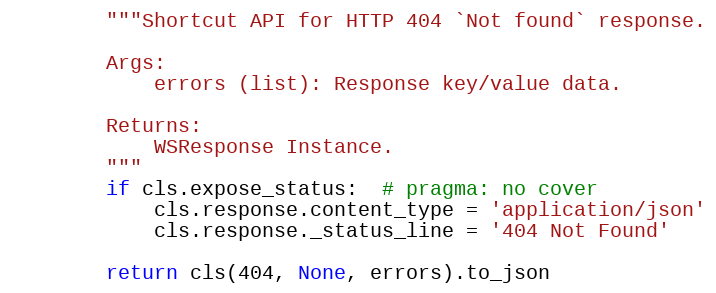
Language: Python
        """Shortcut API for HTTP 404 `Not found` response.

        Args:
            errors (list): Response key/value data.

        Returns:
            WSResponse Instance.
        """
        if cls.expose_status:  # pragma: no cover
            cls.response.content_type = 'application/json'
            cls.response._status_line = '404 Not Found'

        return cls(404, None, errors).to_json